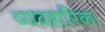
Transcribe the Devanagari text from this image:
व्यवहारिक।